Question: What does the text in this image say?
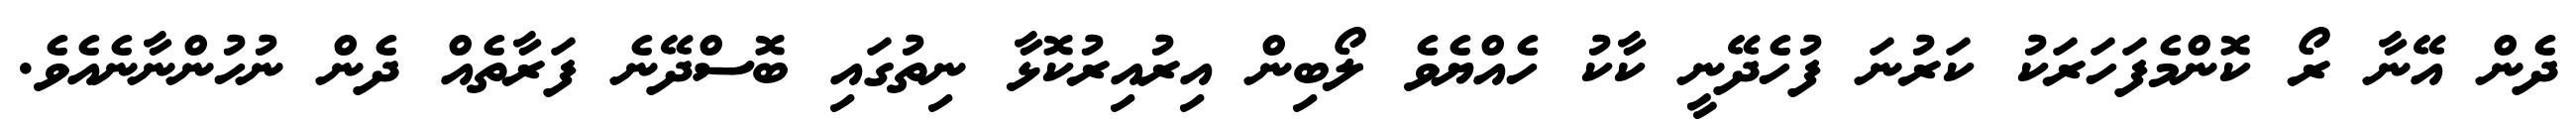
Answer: ދެން އޭނާ ރޯ ކޮންމެފަހަރަކު ކަރުނަ ފުހެދޭނީ ކާކު ހެއްޔެވެ ލޯބިން އިރުއިރުކޮޅާ ނިތުގައި ބޮސްދޭނެ ފަރާތެއް ދެން ނުހުންނާނެއެވެ.